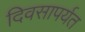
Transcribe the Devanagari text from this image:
दिवसापर्यत